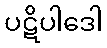
ပဋိပါဒေါ